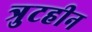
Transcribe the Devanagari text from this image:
त्रुटहीन